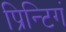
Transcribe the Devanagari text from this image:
प्रिन्टिगं